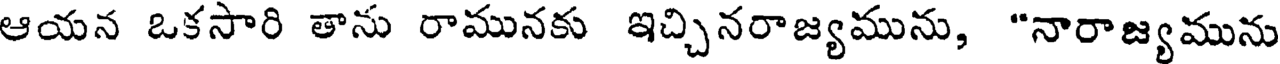
ఆయన ఒకసారి తాను రామునకు ఇచ్చినరాజ్యమును, "నారాజ్యమును